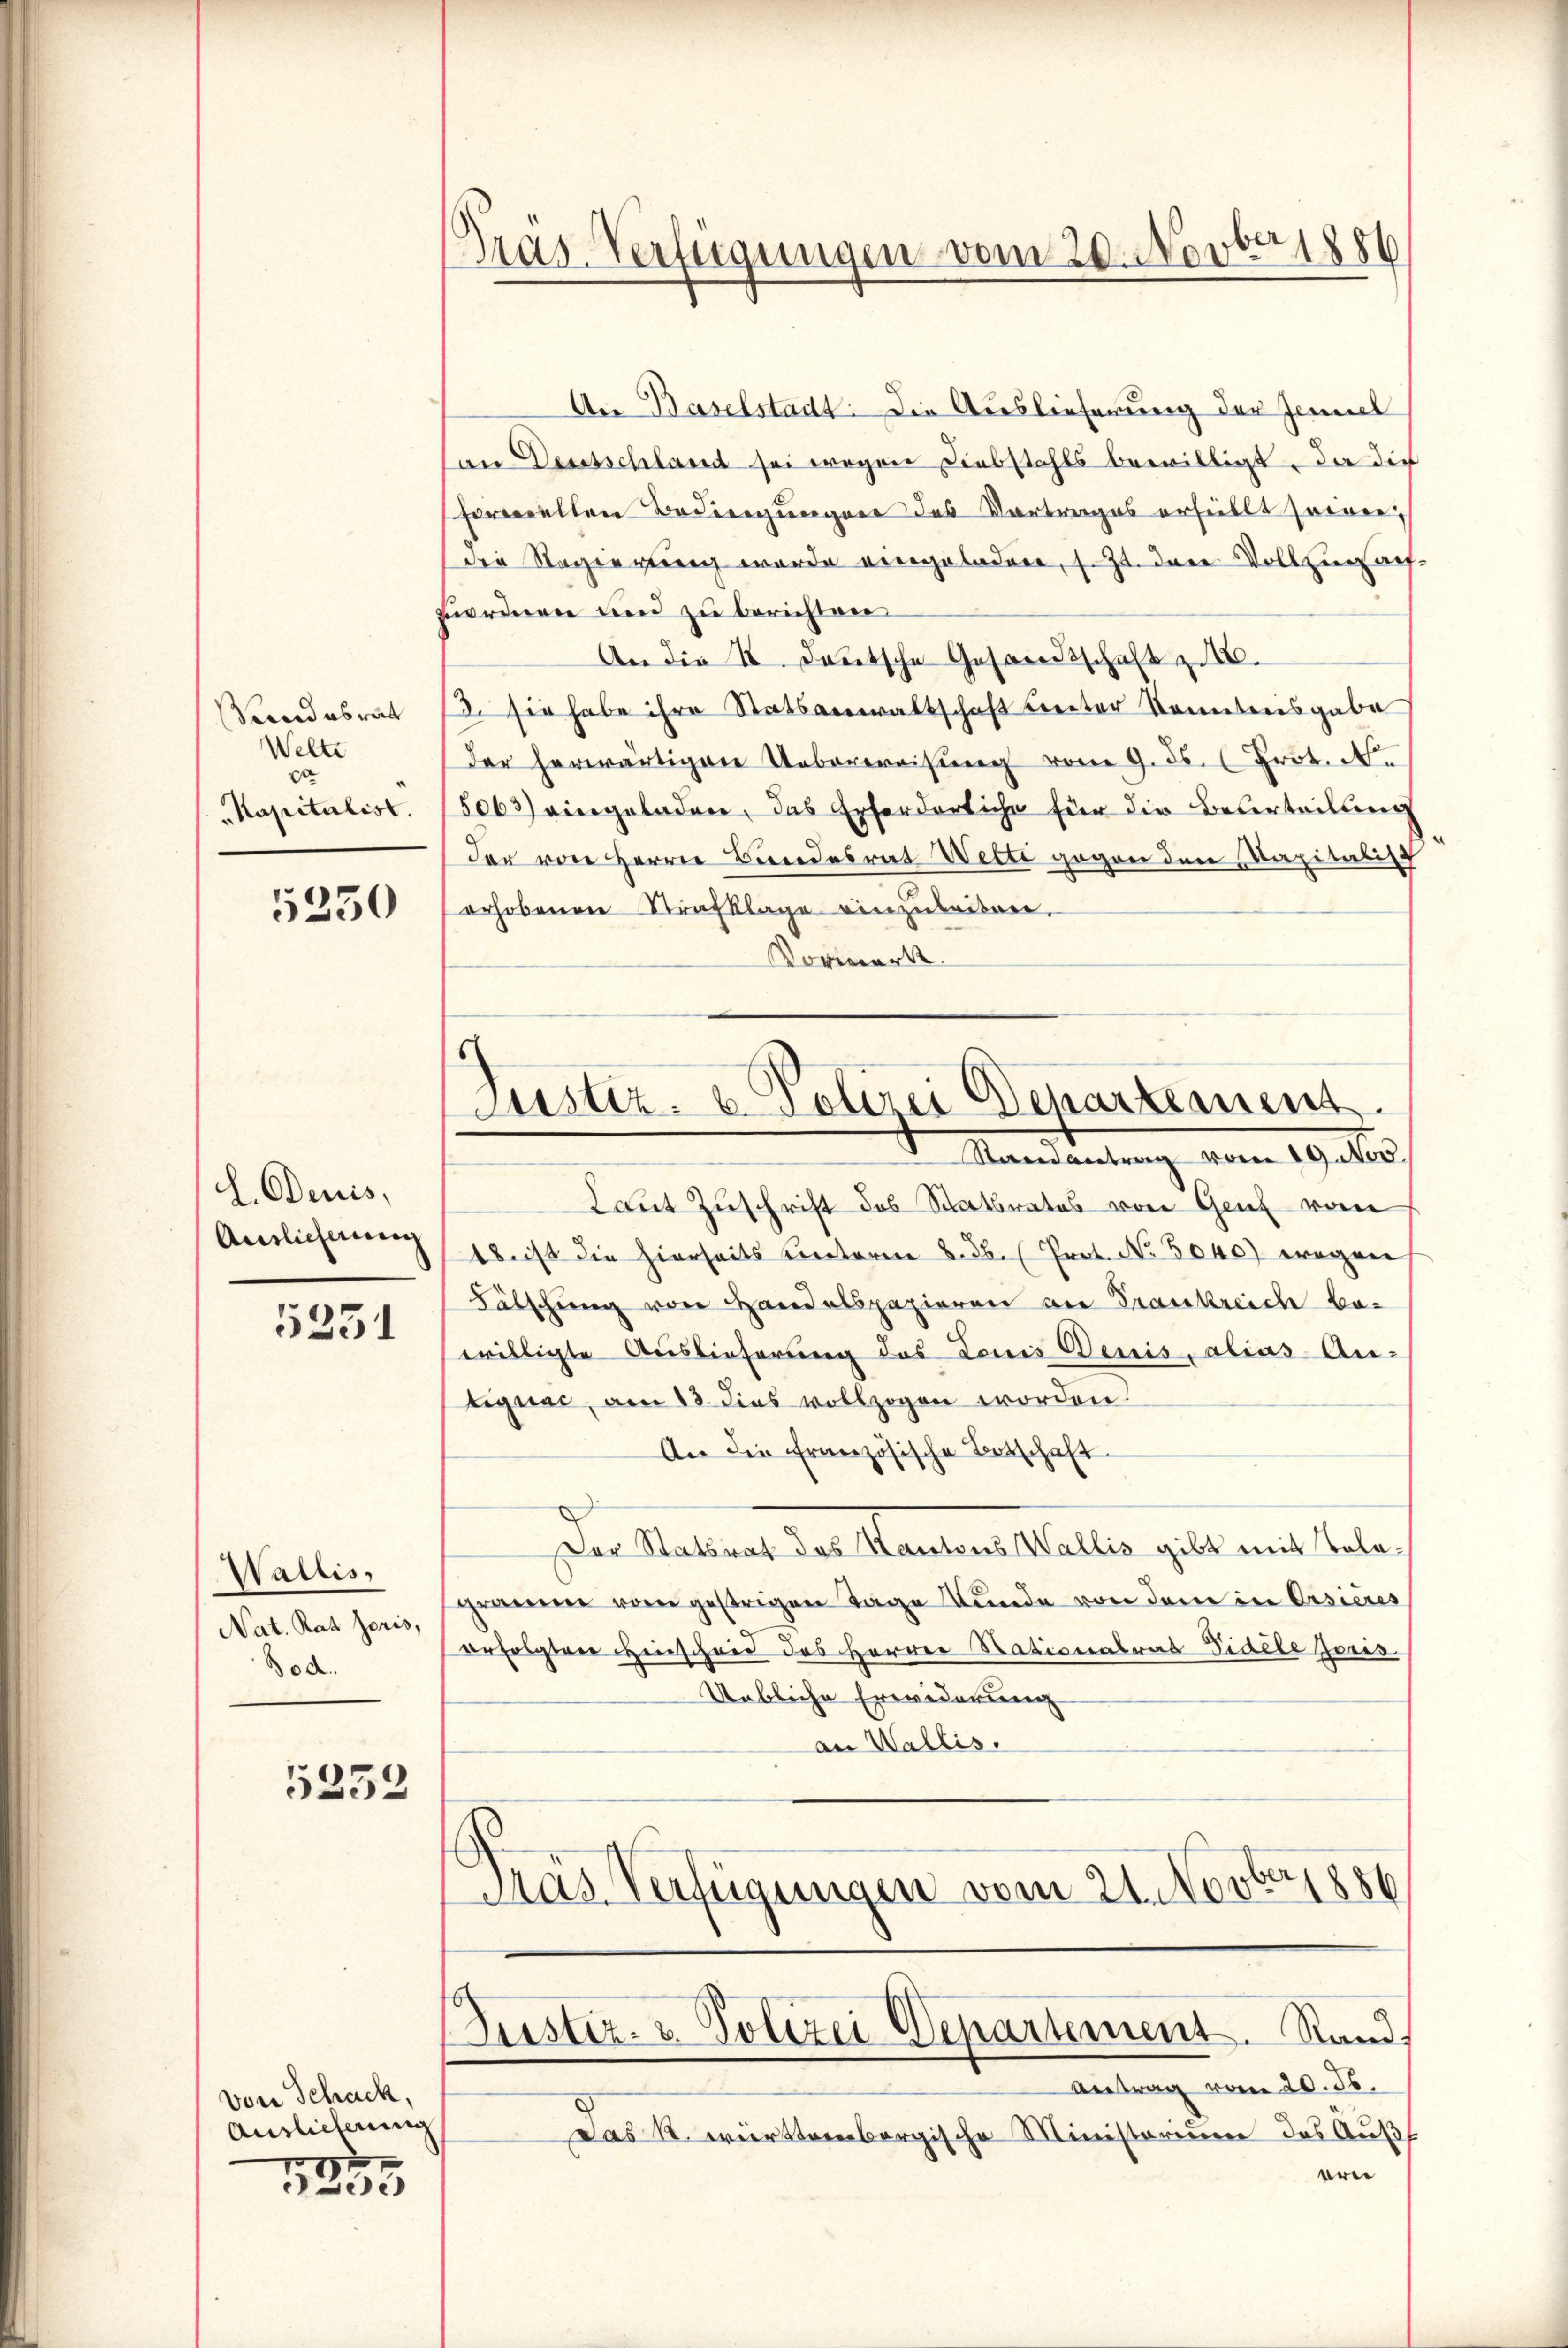
Pendesrath
Welte
d
Kapitalist.

5230

L. Denis,
Auslieferung

5251

Wallis,
Nat. Rat zeris,
od.

5352

von Schack,
Auslieferung

1855

Pras-Verfügungen vom 20. Novber 1886

6
Justiz- & Polizei Departement.
1. Mandantung vom 19. 10

An Baselstadt: Die Auslieferung der Zeil
an Deutschland sei wegen Diebstahls bewilligt, da die
formellen Bedingungen des Vortrages erfüllt seien,
die Sagerung wurde eingeladere, s. Zt. drei Vollzursach-
bordnen und zu berichten
An die II. Deutsche Gesandtschaft z.
/3. sie habe ihre Statsanwaltschaft Leiter konntensgabe
Der herwärtigen Ueberweisung vom 9. ds. Prot. N.
5063) eingeladen, das Erforderliche für die Beurteilung
der von Herrn Bundesrat Wette gegen den Kapitaling
erhobenen Strafklage einzubeiten.
Vormerkt.
Laut Zuschrift des Ratsrates von Genf vom
18 ist die hierseits hinterne §. 3. (Prot. No. 5040) wegen
Fälschung von Handelspazieren am Prankreich bewilligte Auslieferung des Louis Denis, alias An-
tignac, am 13. dies vollzogen worden.
An die französische Botschaft
Der Statsrat das Kantons Wallis gibt mit Bela
gramme vom gestrigen Tage Stunde von dem in Ersières
erfolgten Hinscheid des Herren Stationalrat Fidele Juris
Uebliche Erwiderung
an Wallis.
Tras Verfügungen vom 21. Novbr. 1886

Justiz- u. Polizei Departement. Stand

Antrag vom 20. d.
Das St. württembergische Ministorium des Auß
erie